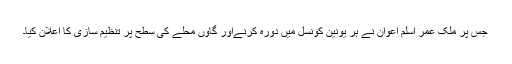
جس پر ملک عمر اسلم اعوان نے ہر یونین کونسل میں دورہ کرنےاور گاوں محلے کی سطح پر تنظیم سازی کا اعلان کیا۔